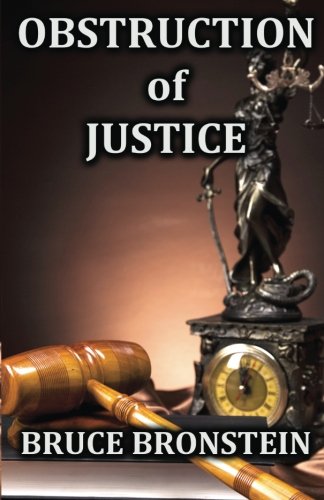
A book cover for Obstruction of Justice; Mr Bruce Bronstein; Mystery, Thriller & Suspense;